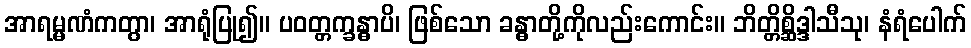
အာရမ္မဏံကတွာ၊ အာရုံပြု၍။ ပဝတ္တက္ခန္ဓာပိ၊ ဖြစ်သော ခန္ဓာတို့ကိုလည်းကောင်း။ ဘိတ္တိစ္ဆိဒ္ဒါသီသု၊ နံရံပေါက်